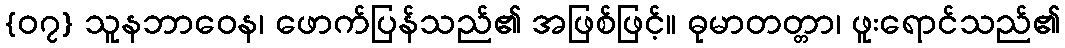
{၀၇} သူနဘာဝေန၊ ဖောက်ပြန်သည်၏ အဖြစ်ဖြင့်။ ဓုမာတတ္တာ၊ ဖူးရောင်သည်၏